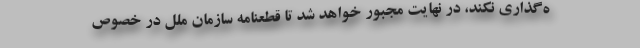
ه‌گذاری نکند، در نهایت مجبور خواهد شد تا قطعنامه سازمان ملل در خصوص